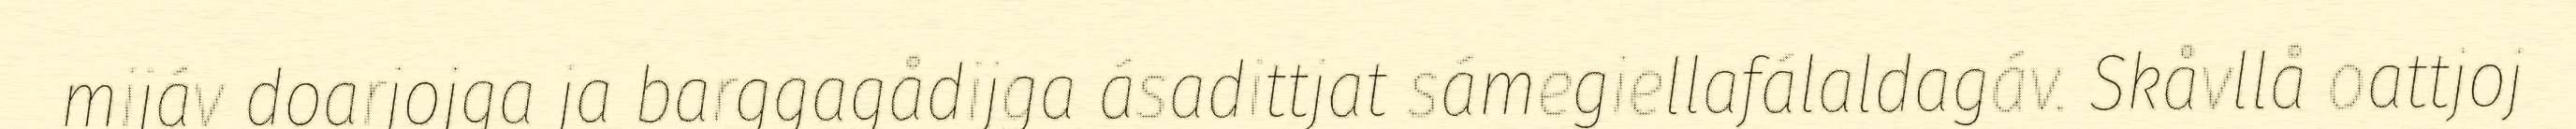
mijáv doarjojga ja barggagådijga ásadittjat sámegiellafálaldagáv. Skåvllå oattjoj